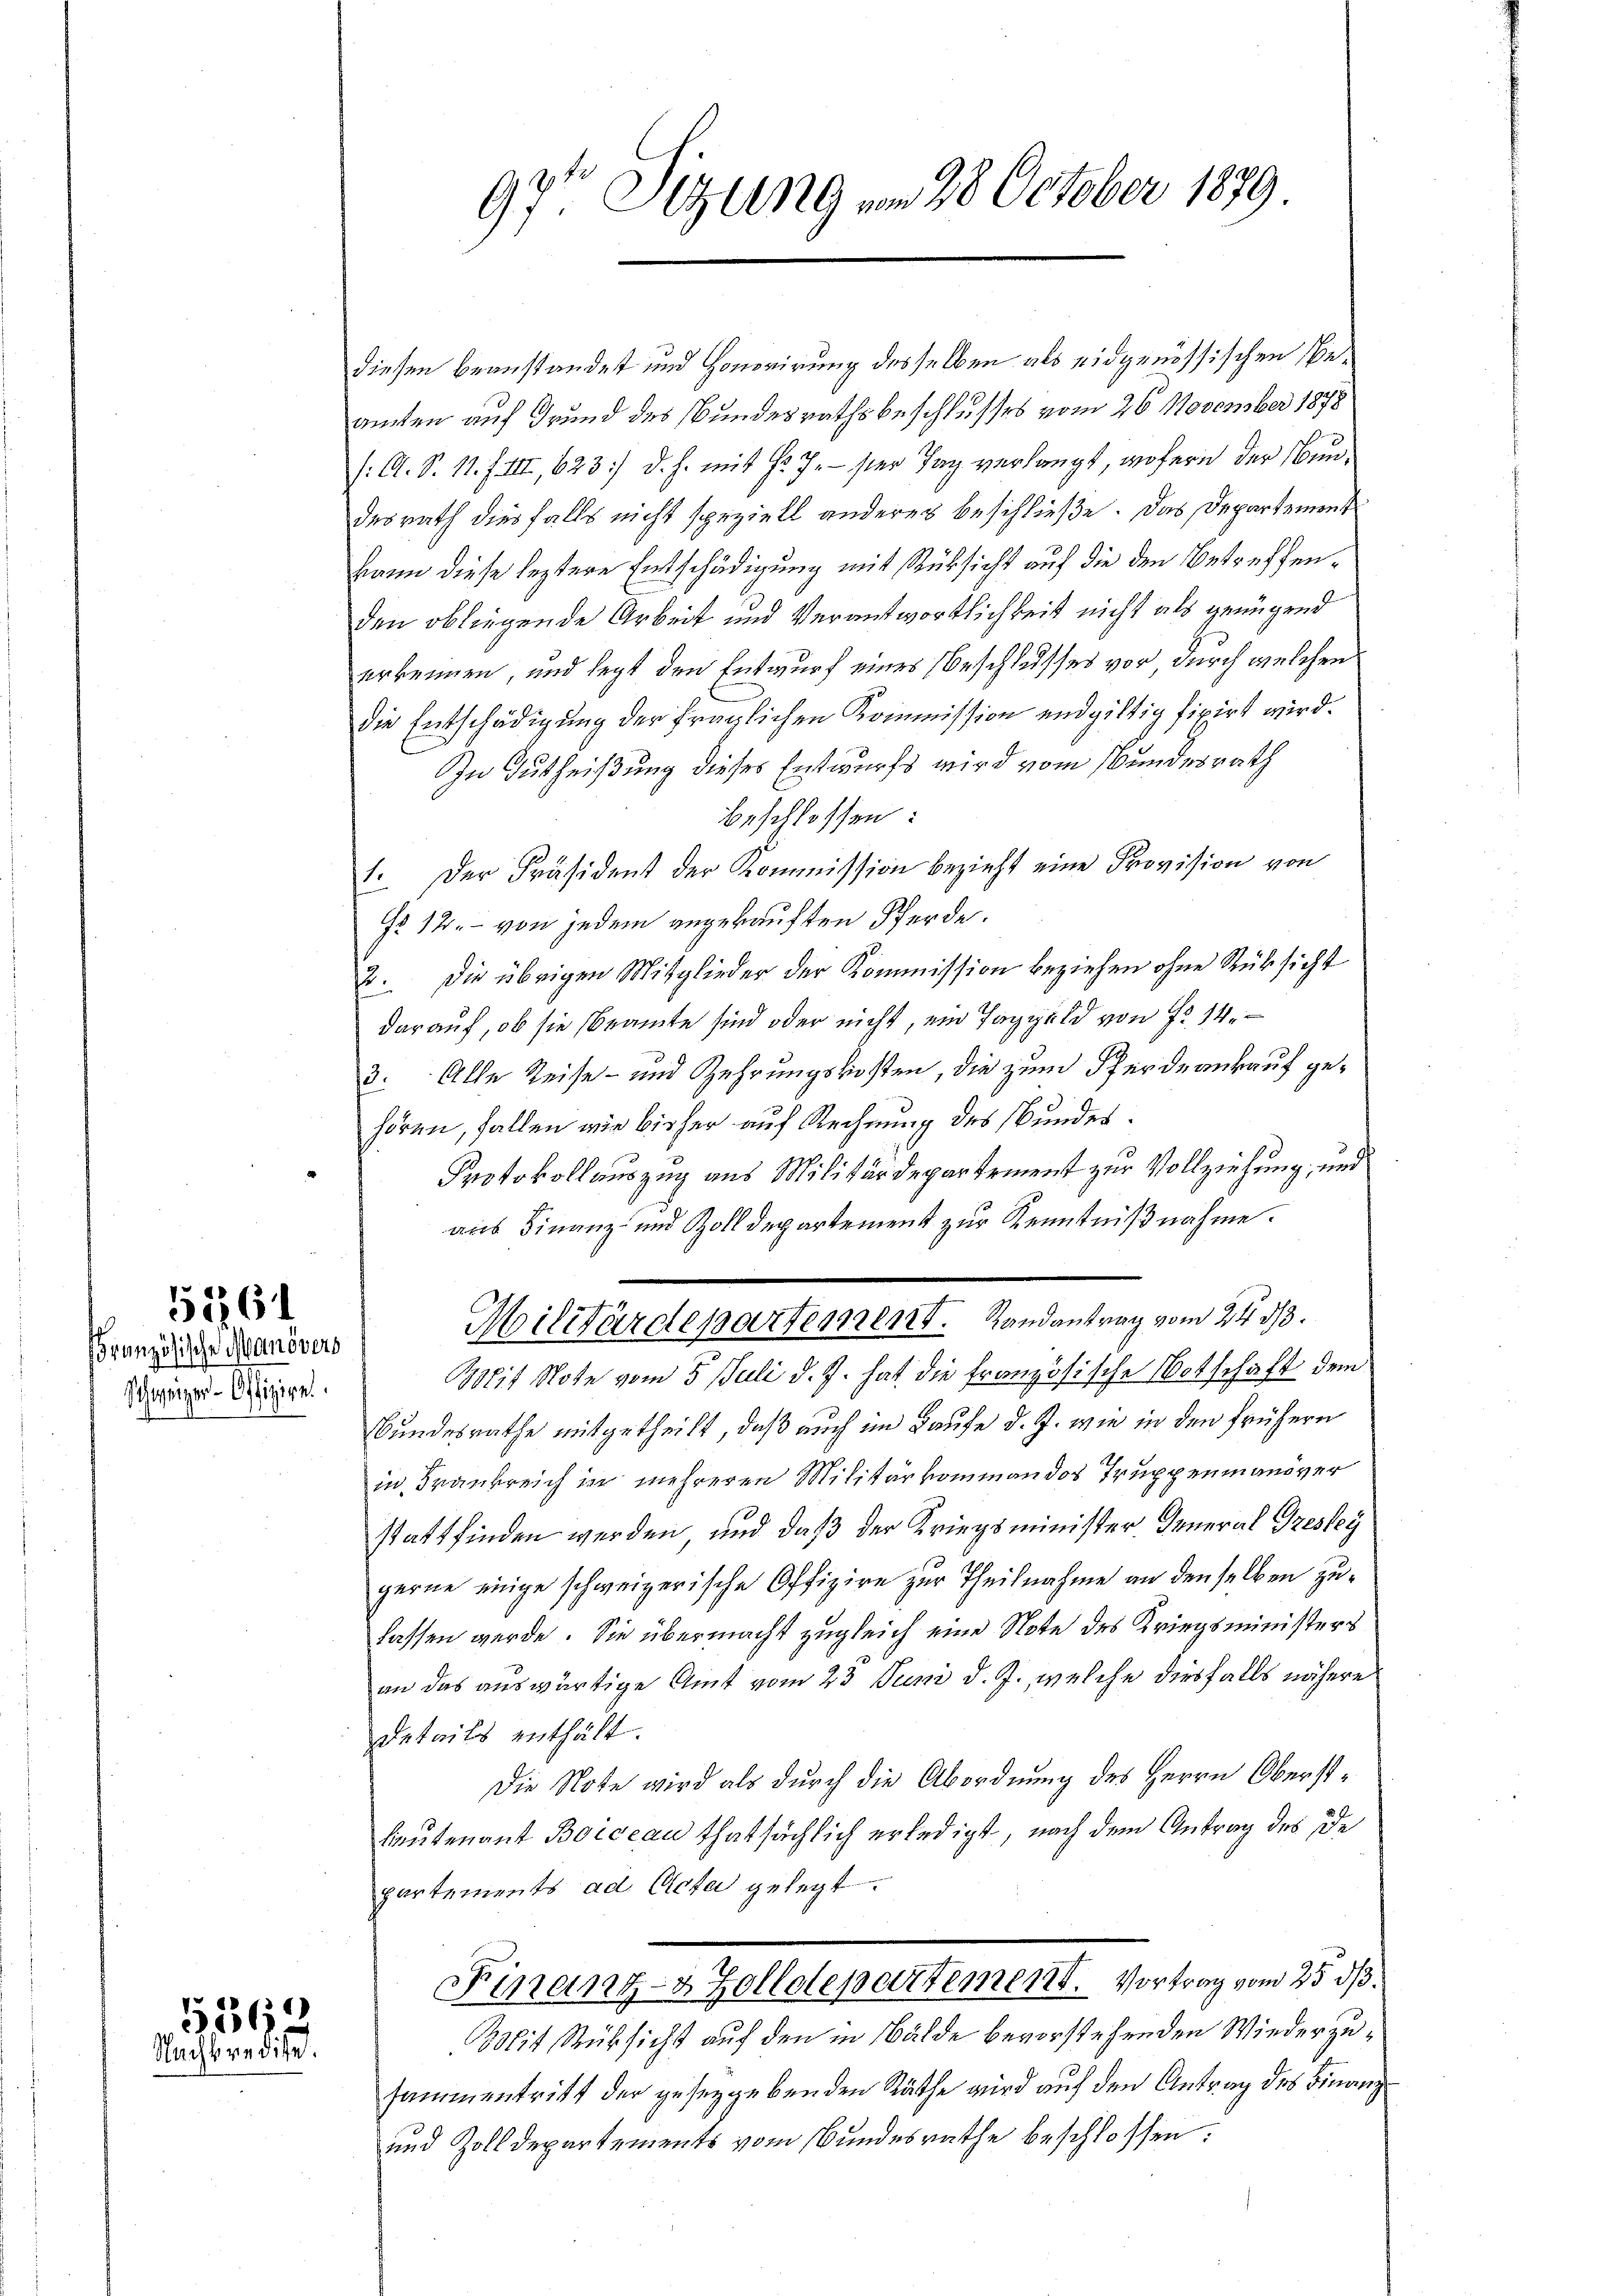
5161

Französische Manövers
Schweizer-Offizire

536
Nachberedite.

diesen beanstandet und Honorirung desselben als eidgenössischen Beamten auf Grund des Bundesrathsbeschlusses vom 26. November 1878
(: A. S. 11. f. III., 623] d. h. mit Hr. J. ser Tag verlangt, wofern der Nundesrath diesfalls nicht speziell anderes beschließe. Das Departement
kann diese leztere Entschädigung mit Rücksicht auf die den Betreffenden obliegende Arbeit und Verantwortlichkeit nicht als genügend
erkennen, und legt den Entwurf eines Beschlusses vor, durch welchen
die Entschädigung der fraglichen Kommission endgültig fixirt wird.
In Gutheißung dieses Entwurfs wird vom Bundesrath
beschlossen:
1. Der Präsident der Kommission bezieht eine Provision von
Go. 12. – von jedem angekauften Pferde.
2. Die übrigen Mitglieder der Kommission beziehen ohne Rüksicht
darauf, ob sie beamte sind oder nicht, ein Taggeld von Fr. 14.
2
3. Alle Reise- und Zehrungskosten, die zum Pferdeankauf gehören, fallen wir bisher auf Rechnung des Bundes.
Protokollauszug aus Militärdepartement zur Vollziehung, und
aus Finanz- und Zolldepartement zur Kenntnißnahme.
Militärdepartement. Randantrag vom 24. d.
Mit Note vom 5. Juli d. J. hat die Französische Notschaft dem
Bundesrathe mitgetheilt, daß auch im Laufe d. J. wie in den frühern
in Frankreich in mehreren Militärkommandos Truppenmand ver
stattfinden werden, und daß der Kriegsminister General Greskey
gerne einige schweizerische Offizire zur Theilnahme an denselben zulassen werde. Sie übermacht zugleich eine Note des Kriegsministers
an das auswärtige Amt vom 23. Juni d. J., welche diesfalls nähere
details enthält.
Die Note wird als durch die Abordnung des Herrn Oberstleutenant Boiccan thatsächlich erledigt, nach dem Antrag des De
partements ad Acta gelegt.
Finanz- & Zollolepertement. Vortrag vom 25. ds.
Mit Rüksicht auf den in Bälde bevorstehenden Wiederzusammentritt der gesetzgebenden Räthe wird auf den Antrag des Finanz
und Zolldepartements vom Bundesrathe beschlossen:

97ten Sizung vom 28. October 1879